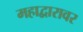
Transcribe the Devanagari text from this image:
महाद्वारावर